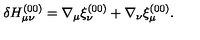
\delta H _ { \mu \nu } ^ { ( 0 0 ) } = \nabla _ { \mu } \xi _ { \nu } ^ { ( 0 0 ) } + \nabla _ { \nu } \xi _ { \mu } ^ { ( 0 0 ) } .